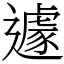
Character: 遽